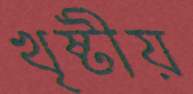
খৃষ্টীয়